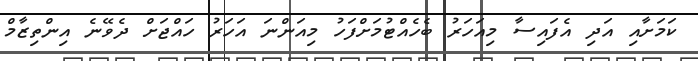
ކަމަށާއި އަދި އެފައިސާ މިއަހަރު ބެހެއްޓުމަށްފަހު މިއަންނަ އަހަރު ހައްޖަށް ދެވޭނެ އިންތިޒާމް